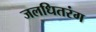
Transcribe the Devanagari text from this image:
जलधितरंग